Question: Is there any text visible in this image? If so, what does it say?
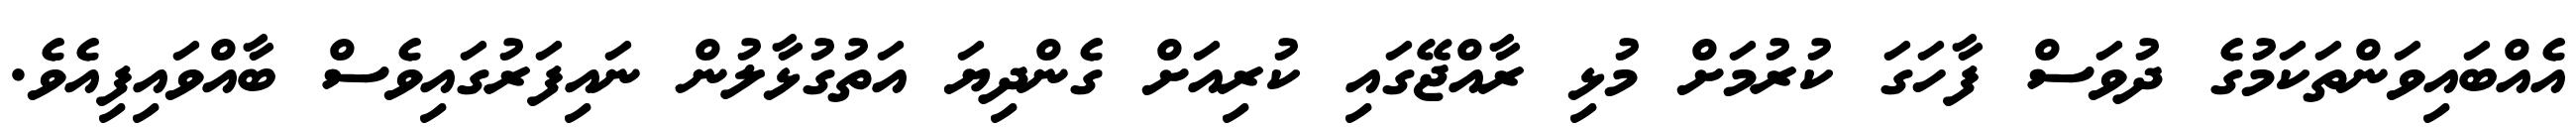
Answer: އެއްބައިވަންތަކަމުގެ ދުވަސް ފާހަގަ ކުރުމަށް މުޅި ރާއްޖޭގައި ކުރިއަށް ގެންދިޔަ އަތުގުޅާލުން ނައިފަރުގައިވެސް ބާއްވައިފިއެވެ.